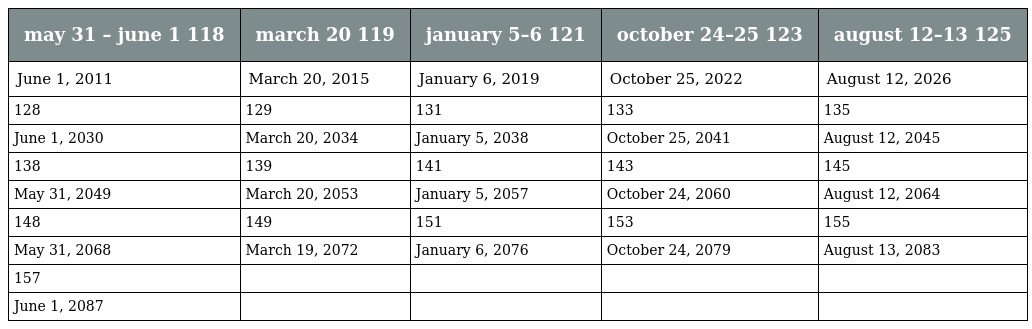
| may 31 – june 1 118 | march 20 119 | january 5–6 121 | october 24–25 123 | august 12–13 125 |
 | --- | --- | --- | --- | --- |
 | June 1, 2011 | March 20, 2015 | January 6, 2019 | October 25, 2022 | August 12, 2026 |
 | 128 | 129 | 131 | 133 | 135 |
 | June 1, 2030 | March 20, 2034 | January 5, 2038 | October 25, 2041 | August 12, 2045 |
 | 138 | 139 | 141 | 143 | 145 |
 | May 31, 2049 | March 20, 2053 | January 5, 2057 | October 24, 2060 | August 12, 2064 |
 | 148 | 149 | 151 | 153 | 155 |
 | May 31, 2068 | March 19, 2072 | January 6, 2076 | October 24, 2079 | August 13, 2083 |
 | 157 |  |  |  |  |
 | June 1, 2087 |  |  |  |  |